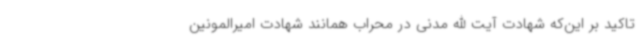
تاکید بر این‌که شهادت آیت الله مدنی در محراب همانند شهادت امیرالمونین